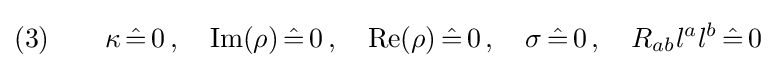
(3)\qquad \kappa \,{\hat {=}}\,0\,,\quad {\text{Im}}(\rho )\,{\hat {=}}\,0\,,\quad {\text{Re}}(\rho )\,{\hat {=}}\,0\,,\quad \sigma \,{\hat {=}}\,0\,,\quad R_{ab}l^{a}l^{b}\,{\hat {=}}\,0